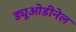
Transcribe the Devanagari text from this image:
ड्यूओडीनेल